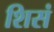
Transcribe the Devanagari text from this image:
शिसं